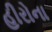
હીરોના